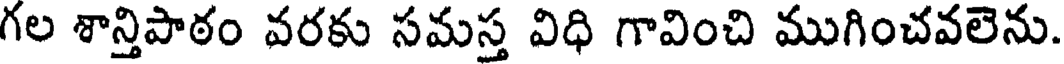
గల శాన్తిపాఠం వరకు సమస్త విధి గావించి ముగించవలెను.